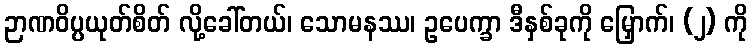
ဉာဏဝိပ္ပယုတ်စိတ် လို့ခေါ်တယ်၊ သောမနဿ၊ ဥပေက္ခာ ဒီနှစ်ခုကို မြှောက်၊ (၂) ကို